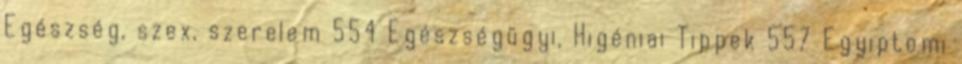
Egészség, szex, szerelem 554 Egészségügyi, Higéniai Tippek 557 Egyiptomi